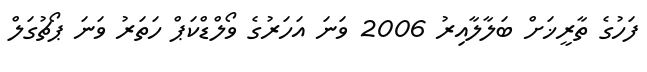
ފަހުގެ ތާރީޚަށް ބަލާލާއިރު 2006 ވަނަ އަހަރުގެ ވޯލްޑްކަޕް ހަތަރު ވަނަ ޕޯޗުގަލް